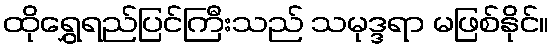
ထိုရွှေရည်ပြင်ကြီးသည် သမုဒ္ဒရာ မဖြစ်နိုင်။